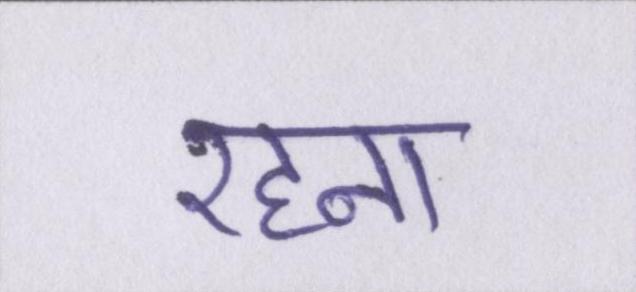
रहना